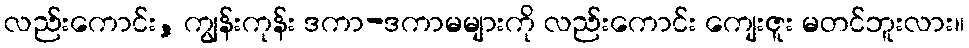
လည်းကောင်း, ကျွန်းကုန်း ဒကာ-ဒကာမများကို လည်းကောင်း ကျေးဇူး မတင်ဘူးလား။